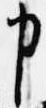
申